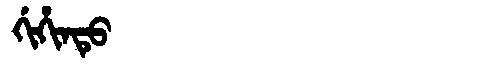
Manchu: ᡤᡳᡥᡳᠨᡨᡠ
Romanization: GIHINTU